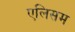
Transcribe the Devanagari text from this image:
एलिसम